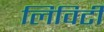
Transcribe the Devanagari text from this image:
लिविटी